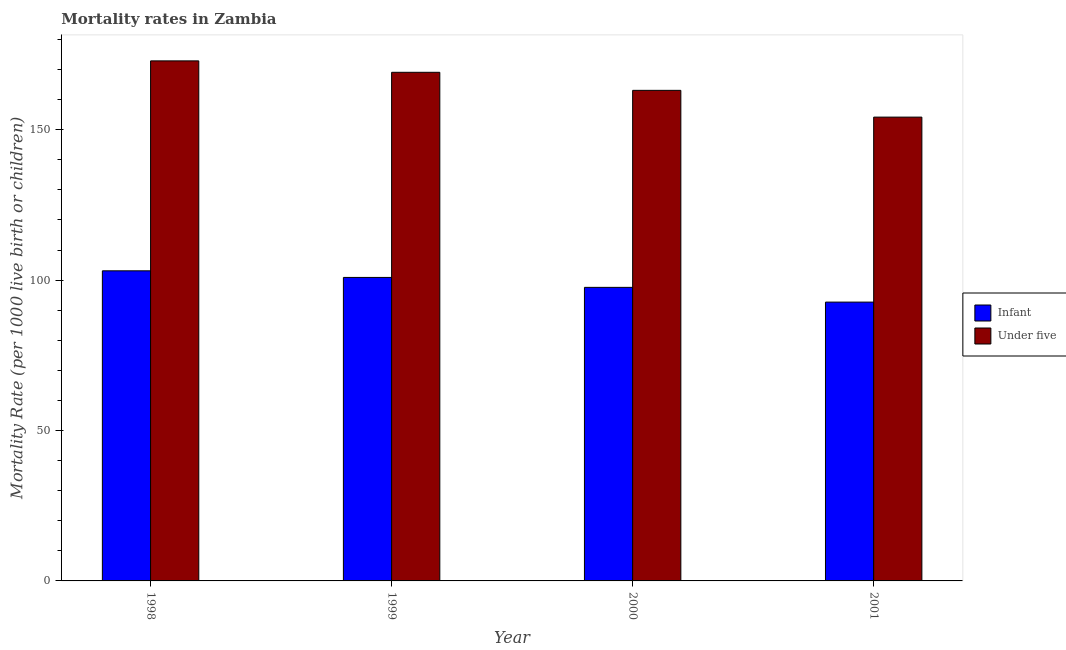
| Year | Infant | Under five |
 | --- | --- | --- |
 | 1998 | 103 | 173 |
 | 1999 | 101 | 169 |
 | 2000 | 97.6 | 163 |
 | 2001 | 92.7 | 154 |